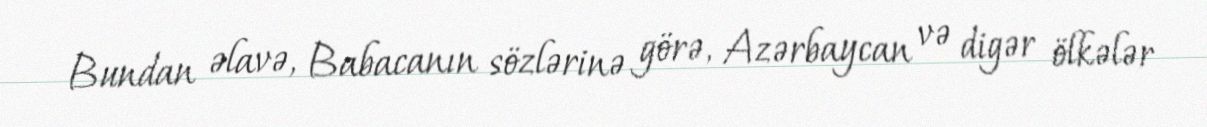
Bundan əlavə, Babacanın sözlərinə görə, Azərbaycan və digər ölkələr